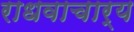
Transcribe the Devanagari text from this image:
राधवाचार्य